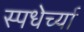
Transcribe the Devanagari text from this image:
स्पधेर्च्या